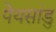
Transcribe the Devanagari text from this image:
पेयसांडु